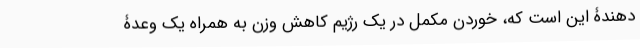
دهندۀ این است که، خوردن مکمل در یک رژیم کاهش وزن به همراه یک وعدۀ